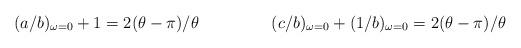
LaTeX: \begin{align*}\begin{array}{ll}(a/b)_{\omega = 0} + 1 = 2(\theta-\pi)/\theta&\hspace{15mm} (c/b)_{\omega = 0} + (1/b)_{\omega = 0} = 2(\theta-\pi)/\theta\end{array}\end{align*}